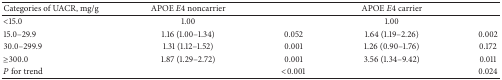
| Categories of UACR, mg/g | APOE E4 noncarrier |  | APOE E4 carrier |  |
 | --- | --- | --- | --- | --- |
 | <15.0 | 1.00 |  | 1.00 |  |
 | 15.0–29.9 | 1.16 (1.00–1.34) | 0.052 | 1.64 (1.19–2.26) | 0.002 |
 | 30.0–299.9 | 1.31 (1.12–1.52) | 0.001 | 1.26 (0.90–1.76) | 0.172 |
 | ≥300.0 | 1.87 (1.29–2.72) | 0.001 | 3.56 (1.34–9.42) | 0.011 |
 | P for trend |  | <0.001 |  | 0.024 |